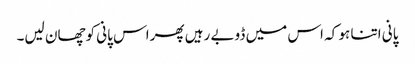
پانی اتنا ہو کہ اس میں ڈوبے رہیں پھراس پانی کوچھان لیں۔